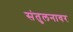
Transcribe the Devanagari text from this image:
संतुलनावर